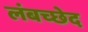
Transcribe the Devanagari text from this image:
लंबच्छेद